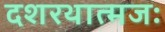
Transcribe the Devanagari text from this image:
दशरथात्मजः